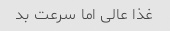
غذا عالی اما سرعت بد